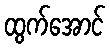
ထွက်အောင်